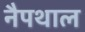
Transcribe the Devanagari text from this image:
नैपथाल